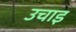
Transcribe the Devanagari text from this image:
उचाइ